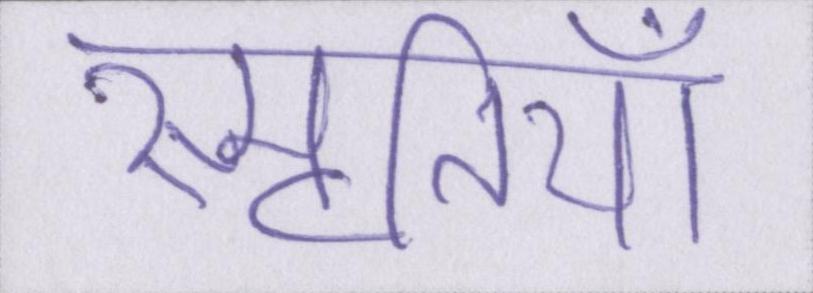
स्मृतियाँ